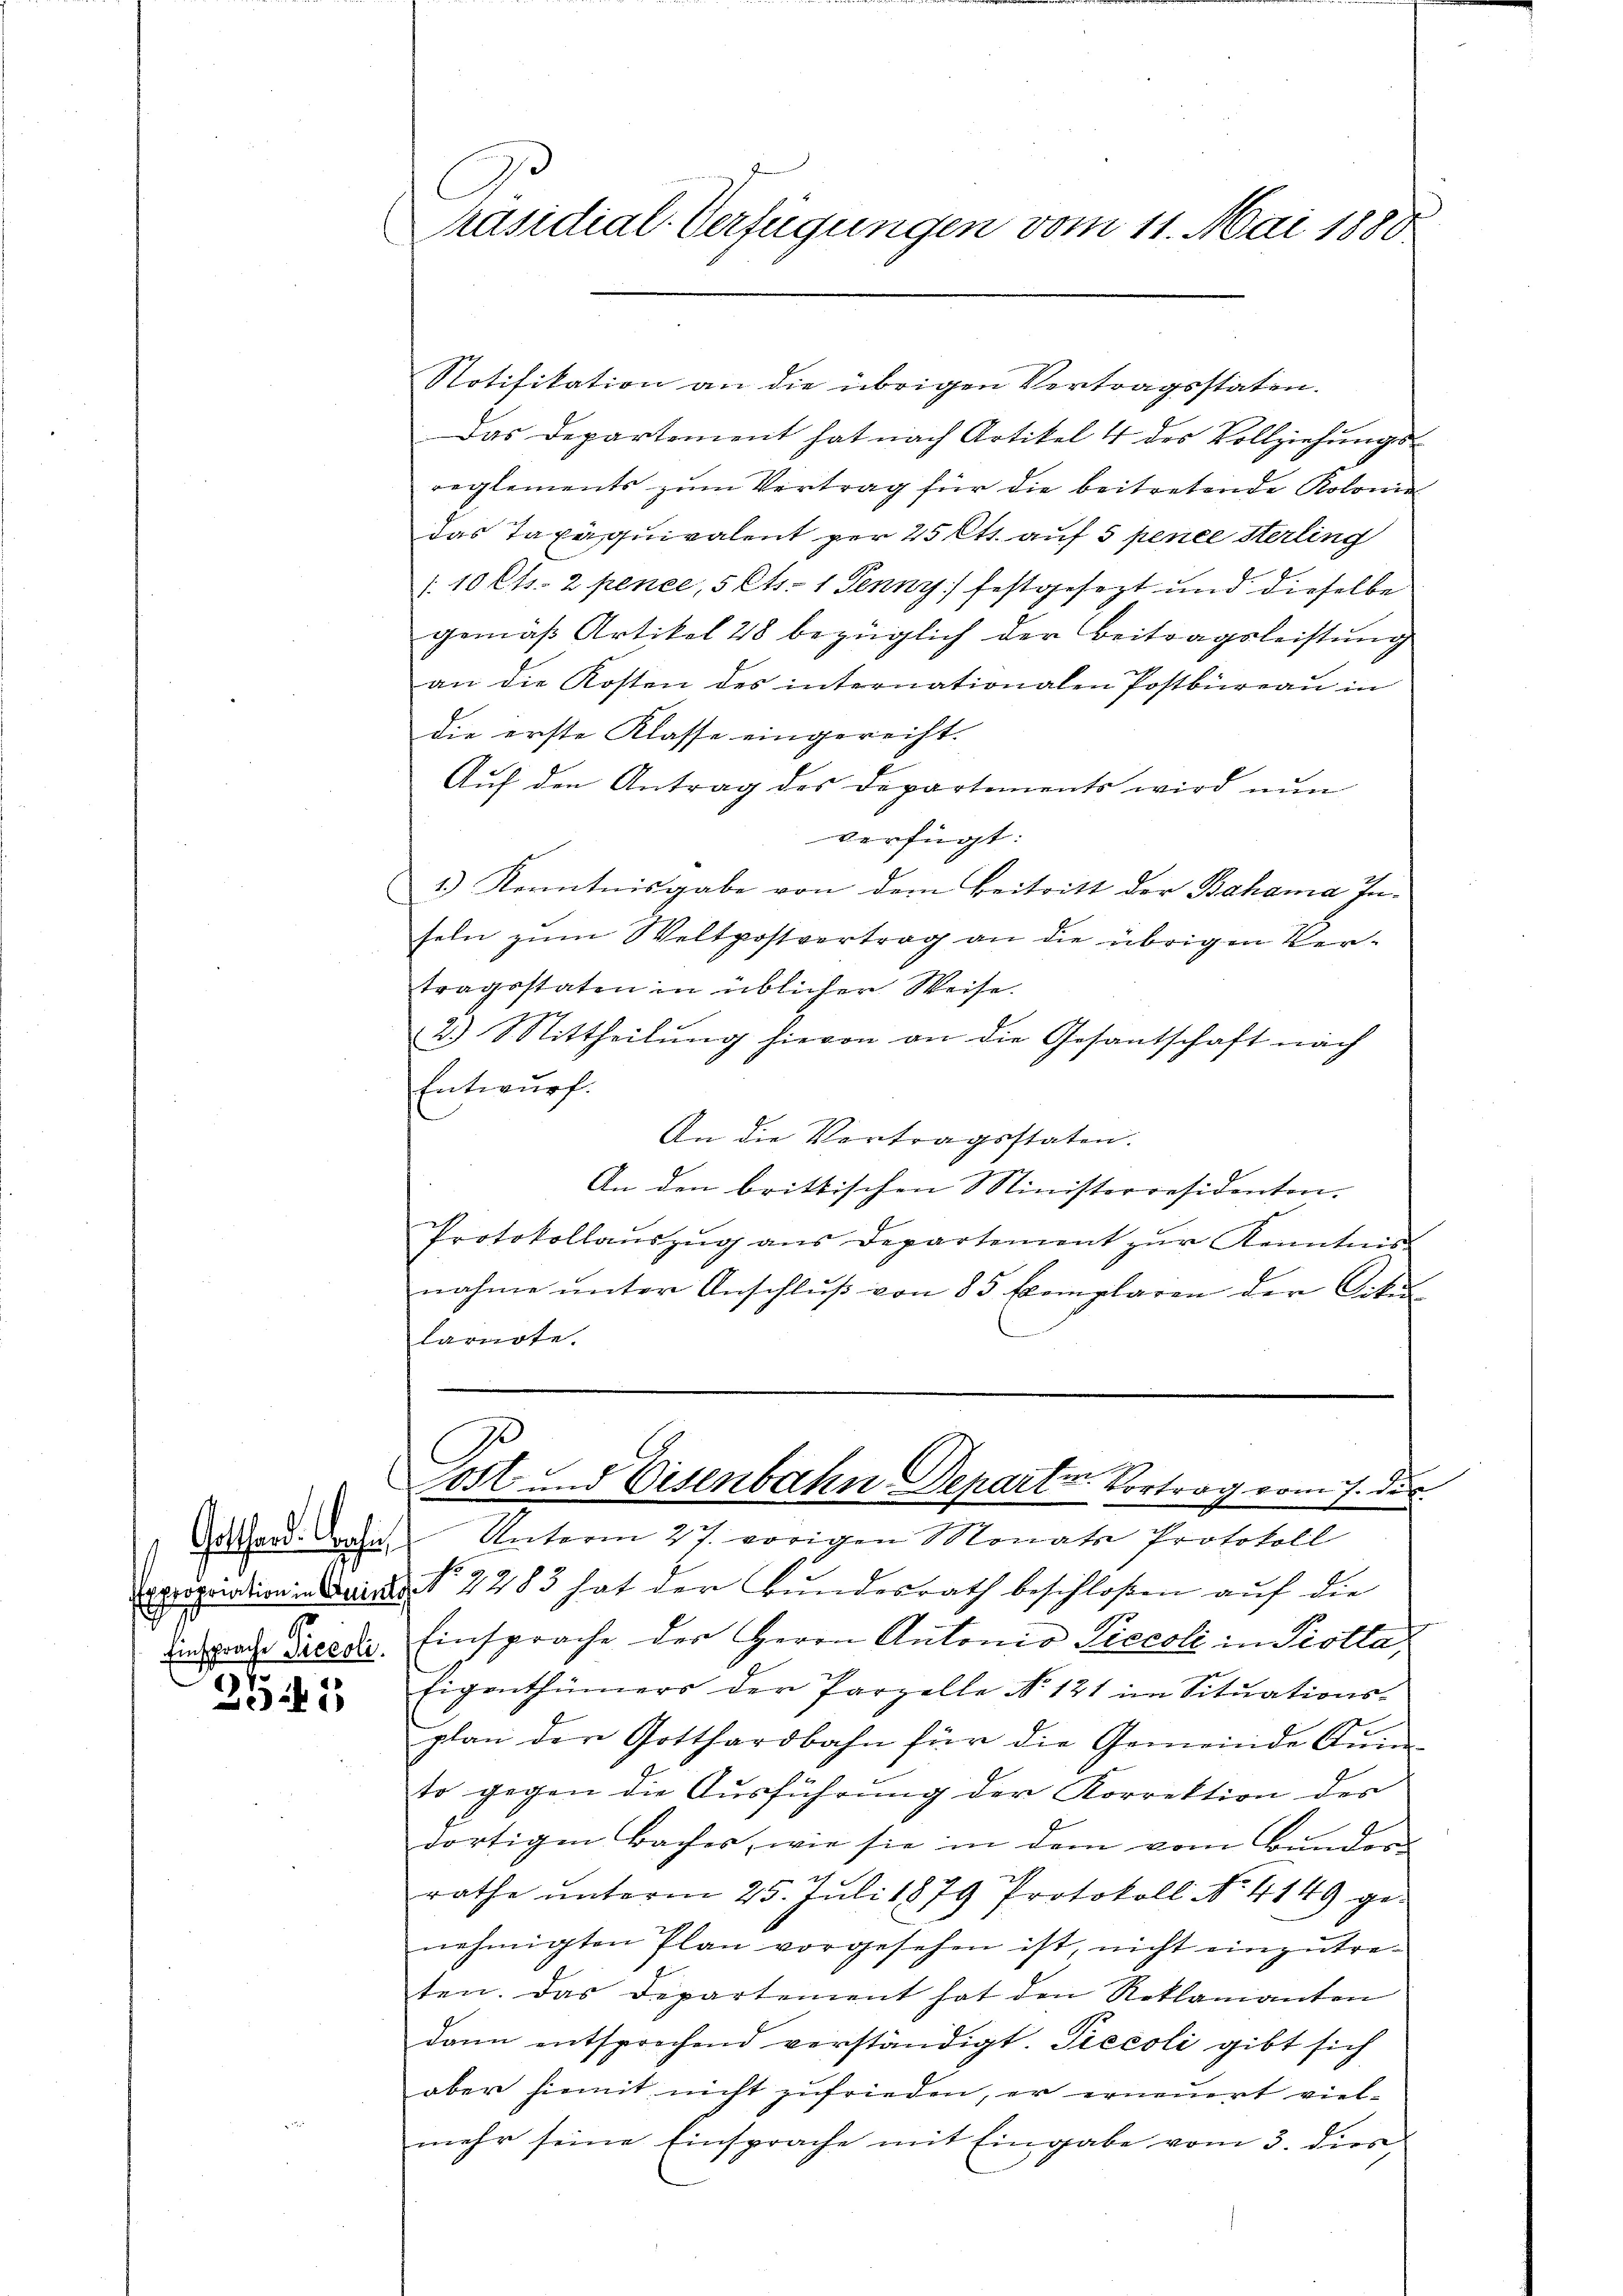
Einsprache Piccoli.

37
1

Präsidial-Verfügungen vom 11. Mai 1880

Das Departement hat nach Artikel 4 des Vollziehŭngs-
reglements zum Vertrag für die beitretende Kolonie
das Taxaquivalent per 25 Ott auf 5 pence Sterling
/10 Cts. 2 pence, 5 Cts. 1 Jenny festgesezt und dieselbe
gemäß Artikel 28 bezüglich der Beitragsleistung
an die Kosten des internationalen Postbüreau in
die erste Klasse eingereiht.
Auf den Antrag des Departements wird nun
verfügt:
1.) Kenntnisgabe von dem Beitritt der Bahama Inseln zum Weltpostvertrag an die übrigen Vertragsstaten in üblicher Weise.
2.) Mittheilŭng hievon an die Gesantschaft nach
Entwurf.
An die Vortragsstaten.
An den brittischen Ministerresidenten.
Protokollaŭszŭg ans Departement zŭr Kenntnis
nahme ŭnter Anschlŭβ von 85 Exemplaren der Cirkun
larnote.

Notifikation an die übrigen Vertragsstaten.

Post Eisenbahn Departen Vortrag vom 7. des
 Gotthard Bohne Unterm 27. vorigen Monats Protokoll

propriation den No 1283 hat der Bundesrath beschloßen auf die
Einsprache der Herrn Antonio Ticcoli in Piotta,
Eigenthümers der Parzelle No. 121 im Sitŭations-
plan der Gotthardbahn für die Gemeinde An-
to gegen die Ausführung der Korrektion des
dortigen Baches, wie sie in dem vom Bunders
rathe ŭnterm 25. Juli 1879 Protokoll No 4149 ge-
nehmigten Plan vorgesehen ist, nicht einzutreten. Das Departement hat den Reklamanten
dann entsprechend verständigt. Piecoli gibt sich
aber hiemit nicht zufrieden, er erneuert viel-
mehr seine Einsprache mit Eingabe vom 3. dies